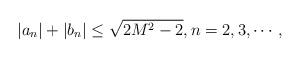
LaTeX: \begin{align*}|a_n|+|b_n|\leq\sqrt{2M^2-2},n=2, 3, \cdots ,\end{align*}